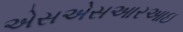
એસએસઆરઆઇ